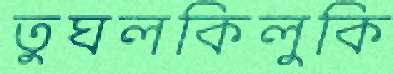
তুঘলকিলুকি